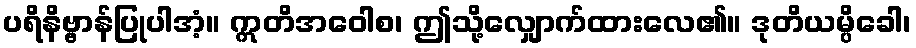
ပရိနိဗ္ဗာန်ပြုပါအံ့။ ဣတိအဝေါစ၊ ဤသို့လျှောက်ထားလေ၏။ ဒုတိယမ္ပိခေါ၊